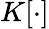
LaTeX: K[\cdot]